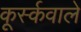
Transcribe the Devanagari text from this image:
कूर्स्कवाले